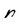
Character: N